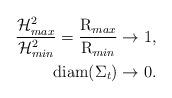
LaTeX: \begin{align*}\frac{\mathcal{H}^2_{max}}{\mathcal{H}^2_{min}}=\frac{\operatorname{R}_{max}}{\operatorname{R}_{min}}&\to 1,\\\operatorname{diam}(\Sigma_t)&\to 0.\end{align*}